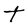
Character: t